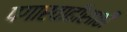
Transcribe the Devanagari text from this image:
पगारवाढीसाठी